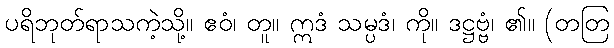
ပရိဘုတ်ရာသကဲ့သို့။ ဧဝံ၊ တူ။ ဣဒံ သမ္ပဒံ၊ ကို။ ဒဋ္ဌဗ္ဗံ၊ ၏။ (တတြ